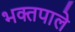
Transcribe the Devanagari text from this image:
भक्तपाले